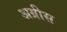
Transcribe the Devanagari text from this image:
अग्रीस